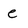
Character: e